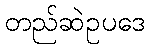
တည်ဆဲဥပဒေ